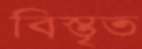
বিস্তৃত